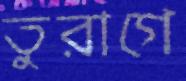
তুরাগে